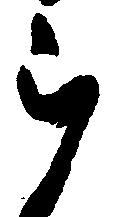
ら